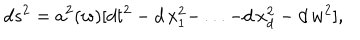
d s ^ { 2 } = a ^ { 2 } ( w ) [ d t ^ { 2 } - d \, x _ { 1 } ^ { 2 } - \, . . . - d \, x _ { d } ^ { 2 } - d \, w ^ { 2 } ] ,